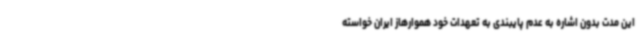
این مدت بدون اشاره به عدم پایبندی به تعهدات خود هموارهاز ایران خواسته